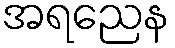
အရညေန